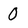
Character: 0